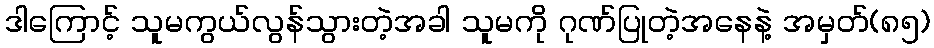
ဒါကြောင့် သူမကွယ်လွန်သွားတဲ့အခါ သူမကို ဂုဏ်ပြုတဲ့အနေနဲ့ အမှတ်(၈၅)